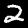
Label: 2